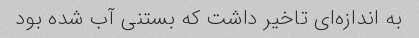
به اندازه‌ای تاخیر داشت که بستنی آب شده بود